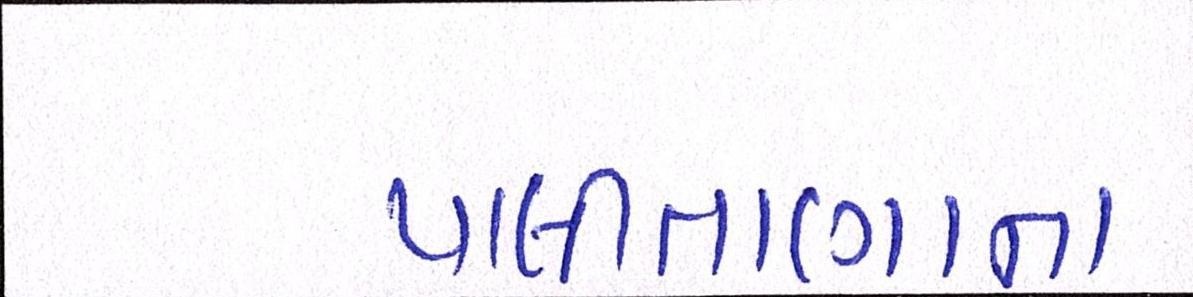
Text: પાલીતાણાના